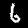
Digit: 6